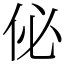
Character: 佖